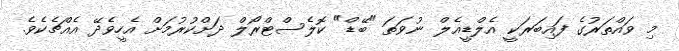
މި ވައްތަރުގެ ފައިބަރަކީ އެލްޑީއެލް ނުވަތަ "ބޭޑް" ކޮލެސްޓްރޯލް ދަށްކުރުމަށް އެހީވެދޭ އެއްޗެކެވެ.